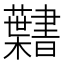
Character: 𮓎